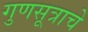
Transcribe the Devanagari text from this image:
गुणसूत्राचे